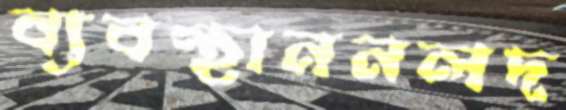
ব্যবস্থাননলদ